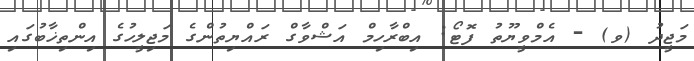
މަޖީދު (ވ) - އެމްވީޔޫތު ފޮޓޯ: އިބްރާހިމް އަޝްވާގް ރައްޔިތުންގެ މަޖިލީހުގެ އިންތިޚާބުގައި